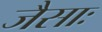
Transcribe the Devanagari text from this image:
जैसाः